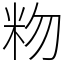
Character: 粅